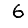
Digit: 6